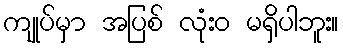
ကျုပ်မှာ အပြစ် လုံးဝ မရှိပါဘူး။